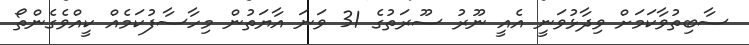
ސާބިތުވާކަމަށް ވިދާޅުވަނީ އެއީ ނޫރު ސޫރަތުގެ 31 ވަނަ އާޔަތުން މިހާސާފުކަމެއް ކީއްވެގެންތޯ